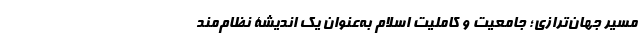
مسیر جهان­ترازی؛ جامعیت و کاملیت اسلام به‌عنوان یک اندیشۀ نظام­مند